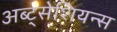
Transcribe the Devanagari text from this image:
अब्ट्सेशियन्स